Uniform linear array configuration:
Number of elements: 24
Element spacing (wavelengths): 0.25
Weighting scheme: cosine
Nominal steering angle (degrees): -30
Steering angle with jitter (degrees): -28.706
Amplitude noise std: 0.05
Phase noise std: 0.05

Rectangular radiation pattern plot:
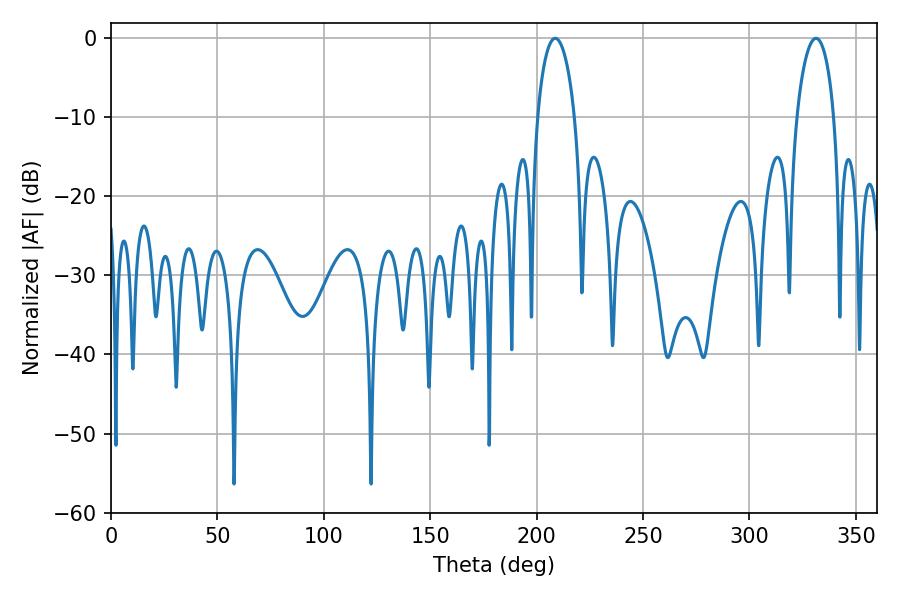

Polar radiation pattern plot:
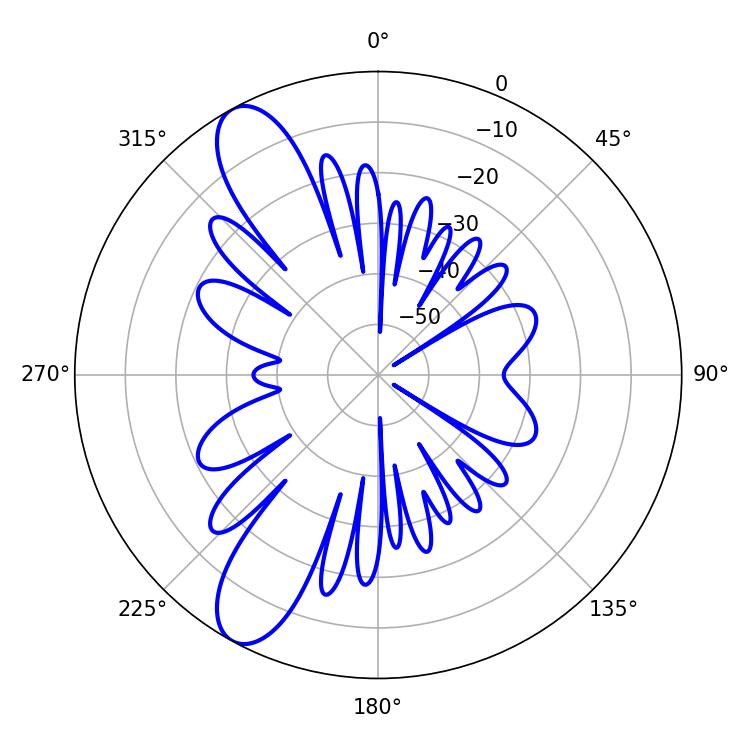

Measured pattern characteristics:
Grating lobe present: FALSE
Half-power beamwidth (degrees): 9.9
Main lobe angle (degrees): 208.8